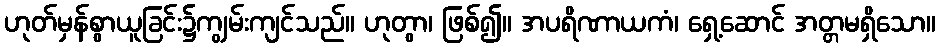
ဟုတ်မှန်စွာယူခြင်း၌ကျွမ်းကျင်သည်။ ဟုတွာ၊ ဖြစ်၍။ အပရိဏာယကံ၊ ရှေ့ဆောင် အတ္တမရှိသော။